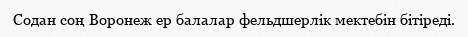
Содан соң Воронеж ер балалар фельдшерлік мектебін бітіреді.